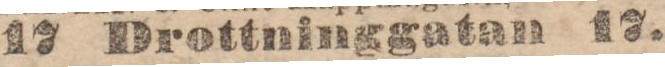
17 Drottninggatan 17.